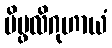
ပိပ္ဖလိဂုဟာယံ